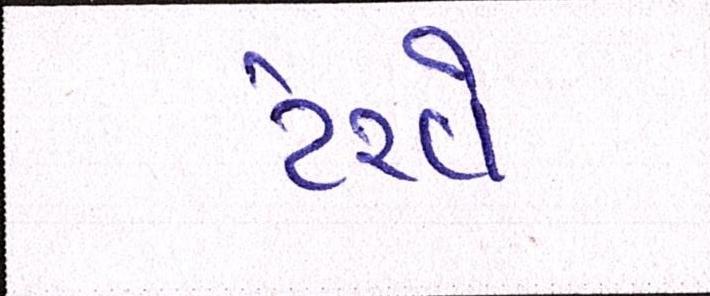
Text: ટેરવે